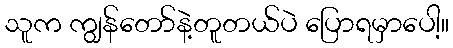
သူက ကျွန်တော်နဲ့တူတယ်ပဲ ပြောရမှာပေါ့။